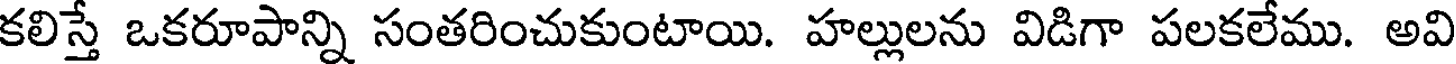
కలిస్తే ఒకరూపాన్ని సంతరించుకుంటాయి. హల్లులను విడిగా పలకలేము. అవి